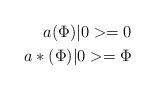
LaTeX: \begin{align*}a ( \Phi ) \vert 0 > =0\\ a*( \Phi ) \vert 0 > =\Phi\end{align*}